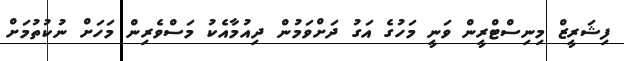
ފިޝަރީޒް މިނިސްޓްރީން ވަނީ މަހުގެ އަގު ދަށްވަމުން ދިއުމާއެކު މަސްވެރިން މަހަށް ނުކުތުމަށް